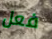
فعل